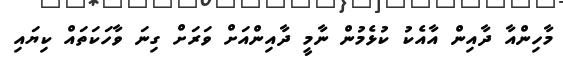
މާހިންއާ ދާއިން އާއެކު ކުޅެމުން ނާމީ ދާއިންއަށް ވަރަށް ގިނަ ވާހަކަތައް ކިޔައި